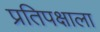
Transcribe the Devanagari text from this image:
प्रतिपक्षाला